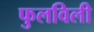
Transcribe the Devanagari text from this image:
फुलविली